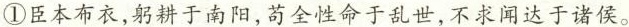
①臣本布衣，躬耕于南阳，苟全性命于乱世，不求闻达于诸侯。